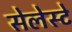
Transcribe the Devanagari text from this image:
सेलेस्टे